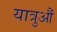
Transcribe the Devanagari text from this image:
यात्रुऔं